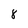
Character: 8